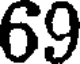
69